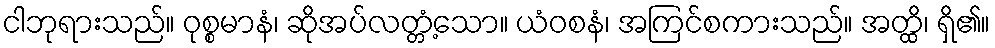
ငါဘုရားသည်။ ဝုစ္စမာနံ၊ ဆိုအပ်လတ္တံ့သော။ ယံဝစနံ၊ အကြင်စကားသည်။ အတ္ထိ၊ ရှိ၏။